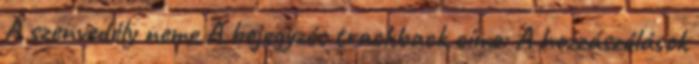
A szenvedély neme A bejegyzés trackback címe: A hozzászólások